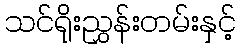
သင်ရိုးညွှန်းတမ်းနှင့်